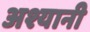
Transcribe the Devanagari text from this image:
अश्यानी